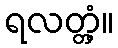
ရလတ္တံ့။